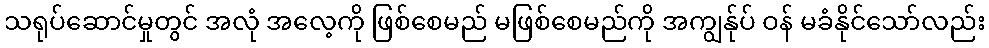
သရုပ်ဆောင်မှုတွင် အလုံ အလေ့ကို ဖြစ်စေမည် မဖြစ်စေမည်ကို အကျွန်ုပ် ဝန် မခံနိုင်သော်လည်း